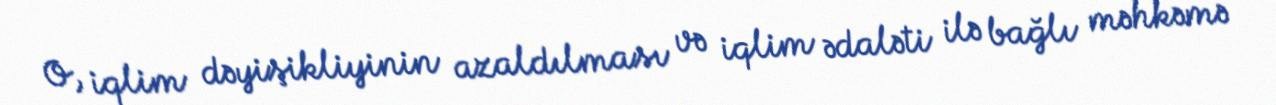
O, iqlim dəyişikliyinin azaldılması və iqlim ədaləti ilə bağlı məhkəmə